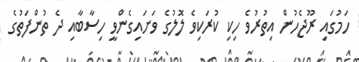
ހަމުގައި ރޫޖެހުން އިތުރުވެ ހިކި ކުރަކިވެ ލޮލުގެ ވަށައިގެންވީ ހިސާބާއި ދެ ތުންފަތުގެ